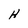
Character: H